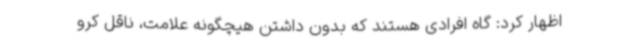
اظهار کرد: گاه افرادی هستند که بدون داشتن هیچگونه علامت، ناقل کرو